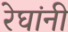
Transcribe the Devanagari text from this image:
रेघांनी